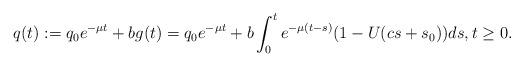
LaTeX: \begin{align*}q(t):=q_0e^{-\mu t} + bg(t)=q_0e^{-\mu t} + b\int_{0}^{t}e^{-\mu(t-s)}(1-U(cs+s_0))ds,t \geq 0.\end{align*}